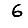
Digit: 6